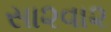
સા૨વા૨